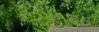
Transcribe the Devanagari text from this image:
४१६८